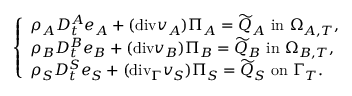
\left\{ \begin{array} { l l } { \rho _ { A } D _ { t } ^ { A } e _ { A } + ( \mathrm { { d i v } } v _ { A } ) \Pi _ { A } = \widetilde { Q } _ { A } \mathrm { ~ i n ~ } \Omega _ { A , T } , } \\ { \rho _ { B } D _ { t } ^ { B } e _ { B } + ( { \mathrm { d i v } } v _ { B } ) \Pi _ { B } = \widetilde { Q } _ { B } \mathrm { ~ i n ~ } \Omega _ { B , T } , } \\ { \rho _ { S } D _ { t } ^ { S } e _ { S } + ( \mathrm { { d i v } } _ { \Gamma } v _ { S } ) \Pi _ { S } = \widetilde { Q } _ { S } \mathrm { ~ o n ~ } \Gamma _ { T } . } \end{array} \right.